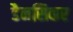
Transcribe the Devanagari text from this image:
डैनसिकर